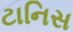
ટાનિસ